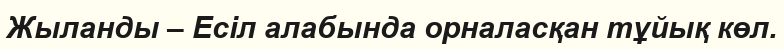
Жыланды – Есіл алабында орналасқан тұйық көл.